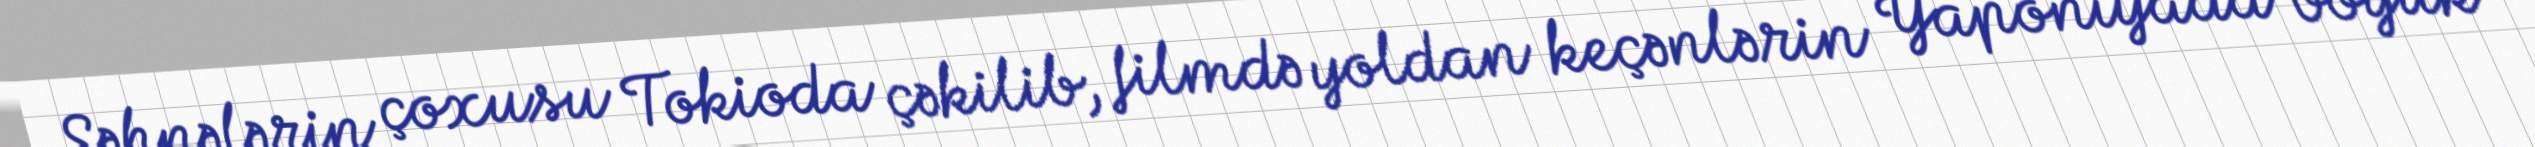
Səhnələrin çoxusu Tokioda çəkilib, filmdə yoldan keçənlərin Yaponiyada böyük